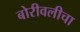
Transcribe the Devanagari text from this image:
बोरीवलीचा